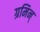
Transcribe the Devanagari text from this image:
ग्रमिन्